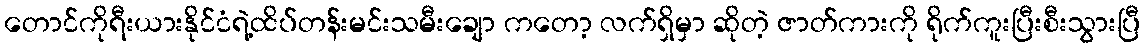
တောင်ကိုရီးယားနိုင်ငံရဲ့ထိပ်တန်းမင်းသမီးချော ကတော့ လက်ရှိမှာ ဆိုတဲ့ ဇာတ်ကားကို ရိုက်ကူးပြီးစီးသွားပြီ